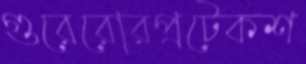
গুরেরোরপ্রটেকশ